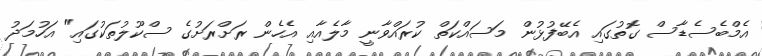
އެމްބެސެޑާސް ގޮތުގައި އެބޭފުޅުން މަސައްކަތް ކުރައްވާނީ މާލެއާއި އެހެން ރަށްރަށުގެ ސްކޫލުތަކުގައި" އަހުމަދު